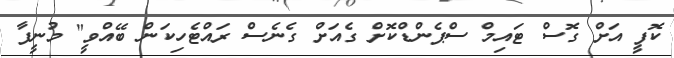
ކޮފީ އަށް ގޮސް ޓައިމް ސްޕެންޑްކޮށް ގެއަށް ގެނެސް ރައްޓެހިކަން ބޭއްވީ" މުނީފާ